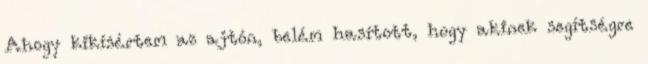
Ahogy kikísértem az ajtón, belém hasított, hogy akinek segítségre